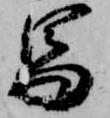
馬